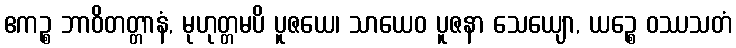
ဧကဉ္စ ဘာဝိတတ္တာနံ, မုဟုတ္တမပိ ပူဇယေ၊ သာယေဝ ပူဇနာ သေယျော, ယဉ္စေ ဝဿသတံ